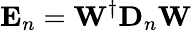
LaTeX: \mathbf{E}_{n}=\mathbf{W}^{\dagger}\mathbf{D}_{n}\mathbf{W}